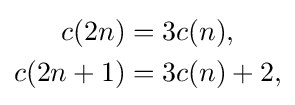
{\begin{aligned}c(2n)&=3c(n),\\c(2n+1)&=3c(n)+2,\end{aligned}}